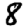
Digit: 8